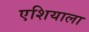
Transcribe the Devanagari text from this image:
एशियाला